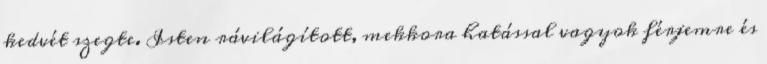
kedvét szegte. Isten rávilágított, mekkora hatással vagyok férjemre és